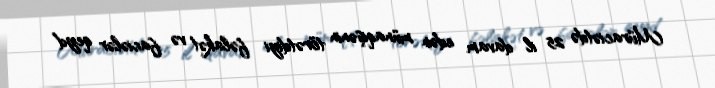
Müraciətdə 25 il davam edən münaqişənin törətdiyi fəlakət və faciələr qeyd